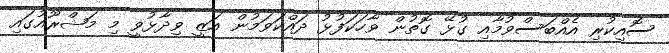
ސޮއިކުރި އެއްބަސްވުމާއި ގުޅޭ ގޮތުން ވާހަކަފުޅު ދައްކަވަމުން އަޒީ ވިދާޅުވީ މި މަޝްރޫއުގައި